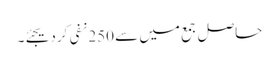
حاصل جمع میں سے 250 نفی کردیجئے۔